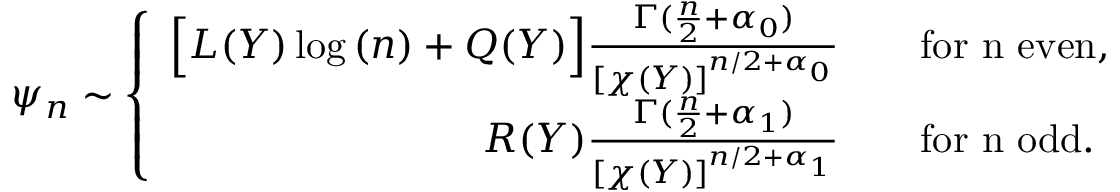
\psi _ { n } \sim \left\{ \begin{array} { r l } { \Big [ L ( Y ) \log { ( n ) } + Q ( Y ) \Big ] \frac { \Gamma ( \frac { n } { 2 } + \alpha _ { 0 } ) } { [ \chi ( Y ) ] ^ { n / 2 + \alpha _ { 0 } } } } & { \quad \mathrm { f o r ~ n ~ e v e n } , } \\ { R ( Y ) \frac { \Gamma ( \frac { n } { 2 } + \alpha _ { 1 } ) } { [ \chi ( Y ) ] ^ { n / 2 + \alpha _ { 1 } } } } & { \quad \mathrm { f o r ~ n ~ o d d } . } \end{array} \right.